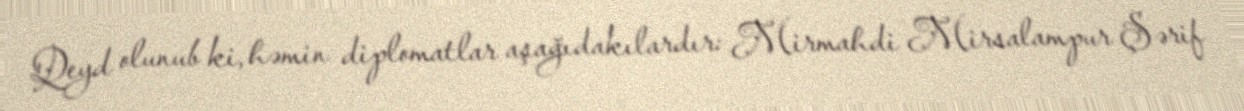
Qeyd olunub ki, həmin diplomatlar aşağıdakılardır: Mirmahdi Mirsalampur Şərif